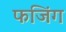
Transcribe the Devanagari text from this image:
फजिंग